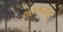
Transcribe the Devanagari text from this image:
षटकचोरा